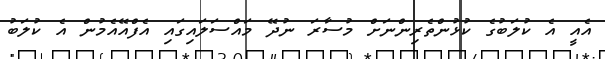
އެއީ އެ ކުލަބުގެ ކުޅުންތެރިންނަށް މުސާރަ ނުދޭ މައްސަލައިގައި އެފްއޭއެމުން އެ ކުލަބު